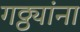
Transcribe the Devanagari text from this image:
गठ्ठ्यांना